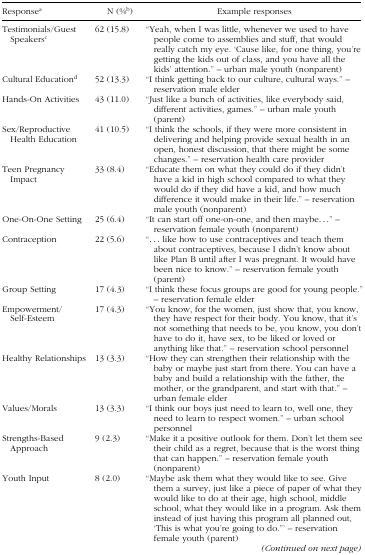
| Responsea | N (%b) | Example responses |
 | --- | --- | --- |
 | Testimonials/Guest Speakersc | 62 (15.8) | “Yeah, when I was little, whenever we used to have people come to assemblies and stuff, that would really catch my eye. ‘Cause like, for one thing, you’re getting the kids out of class, and you have all the kids’ attention.” – urban male youth (nonparent) |
 | Cultural Educationd | 52 (13.3) | “I think getting back to our culture, cultural ways.” – reservation male elder |
 | Hands-On Activities | 43 (11.0) | “Just like a bunch of activities, like everybody said, different activities, games.” – urban male youth (parent) |
 | Sex/Reproductive Health Education | 41 (10.5) | “I think the schools, if they were more consistent in delivering and helping provide sexual health in an open, honest discussion, that there might be some changes.” – reservation health care provider |
 | Teen Pregnancy Impact | 33 (8.4) | “Educate them on what they could do if they didn't have a kid in high school compared to what they would do if they did have a kid, and how much difference it would make in their life.” – reservation male youth (nonparent) |
 | One-On-One Setting | 25 (6.4) | “It can start off one-on-one, and then maybe...” – reservation female youth (nonparent) |
 | Contraception | 22 (5.6) | “... like how to use contraceptives and teach them about contraceptives, because I didn't know about like Plan B until after I was pregnant. It would have been nice to know.” – reservation female youth (parent) |
 | Group Setting | 17 (4.3) | “I think these focus groups are good for young people.” – reservation female elder |
 | Empowerment/ Self-Esteem | 17 (4.3) | “You know, for the women, just show that, you know, they have respect for their body. You know, that it's not something that needs to be, you know, you don't have to do it, have sex, to be liked or loved or anything like that.” – reservation school personnel |
 | Healthy Relationships | 13 (3.3) | “How they can strengthen their relationship with the baby or maybe just start from there. You can have a baby and build a relationship with the father, the mother, or the grandparent, and start with that.” – urban female elder |
 | Values/Morals | 13 (3.3) | “I think our boys just need to learn to, well one, they need to learn to respect women.” – urban school personnel |
 | Strengths-Based Approach | 9 (2.3) | “Make it a positive outlook for them. Don't let them see their child as a regret, because that is the worst thing that can happen.” – reservation female youth (nonparent) |
 | Youth Input | 8 (2.0) | “Maybe ask them what they would like to see. Give them a survey, just like a piece of paper of what they would like to do at their age, high school, middle school, what they would like in a program. Ask them instead of just having this program all planned out, ‘This is what you’re going to do.’” – reservation female youth (parent) |
 | <COLSPAN=3> (Continued on next page) |